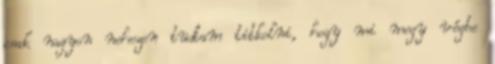
csak nagyon nehezen tudtam titkolni, hogy mi megy végbe